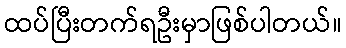
ထပ်ပြီးတက်ရဦးမှာဖြစ်ပါတယ်။